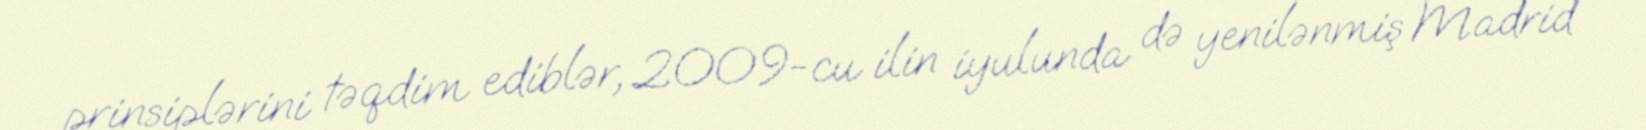
prinsiplərini təqdim ediblər, 2009-cu ilin iyulunda də yenilənmiş Madrid